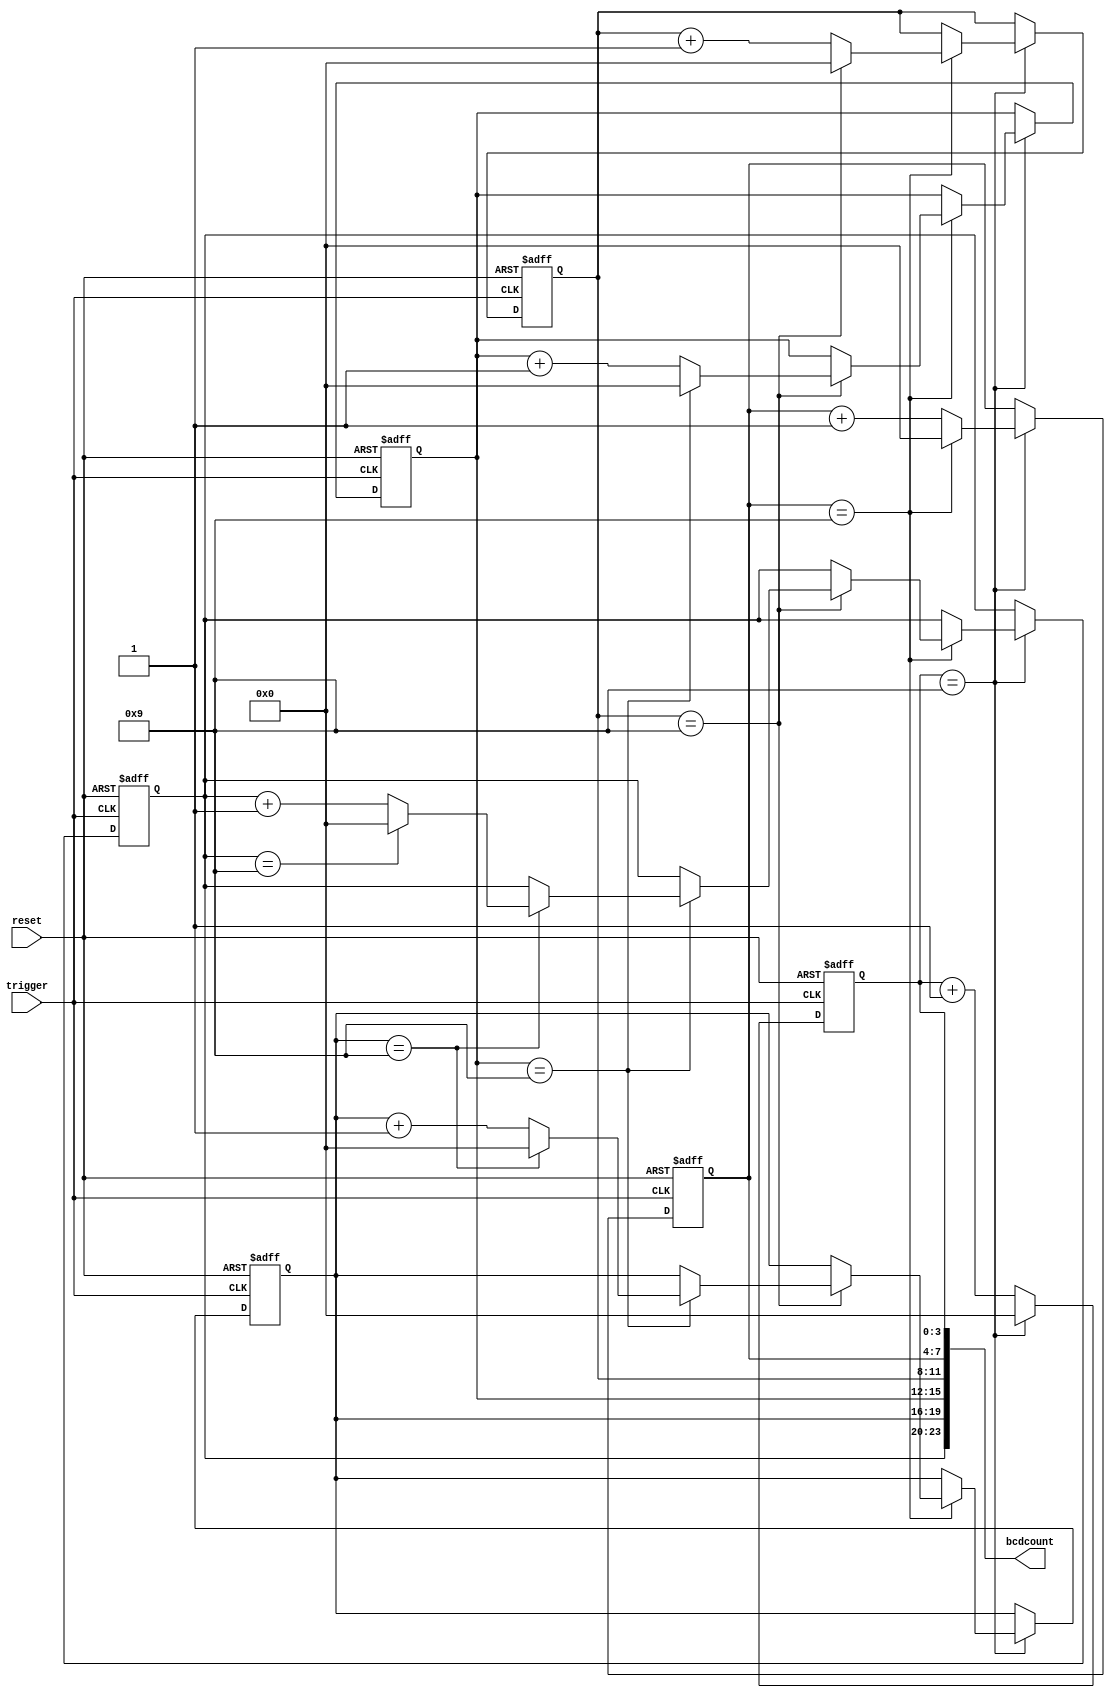
// This program was cloned from: https://github.com/chriz2600/time-sleuth
// License: MIT License


module bcdcounter(
    input trigger,
    input reset,
    output [23:0] bcdcount
);

    reg [3:0] first;
    reg [3:0] second;
    reg [3:0] third;
    reg [3:0] fourth;
    reg [3:0] fifth;
    reg [3:0] sixth;

    always @(posedge trigger or posedge reset) begin
        if (reset) begin
            first <= 0;
            second <= 0;
            third <= 0;
            fourth <= 0;
            fifth <= 0;
            sixth <= 0;
        end else if (first == 4'd9) begin // xxxxx9 reached
            first <= 0;
            if (second == 4'd9) begin // xxxx99 reached
                second <= 0;
                if (third == 4'd9) begin // xxx999 reached
                    third <= 0;
                    if (fourth == 4'd9) begin // xx9999 reached
                        fourth <= 0;
                        if (fifth == 4'd9) begin // x99999 reached
                            fifth <= 0;
                            if (sixth == 4'd9) begin // 999999 reached
                                sixth <= 0;
                            end else begin
                                sixth <= sixth + 1'b1;
                            end
                        end else begin
                            fifth <= fifth + 1'b1;
                        end
                    end else begin
                        fourth <= fourth + 1'b1;
                    end
                end else begin
                    third <= third + 1'b1;
                end
            end else begin
                second <= second + 1'b1;
            end
        end else begin
            first <= first + 1'b1;
        end
    end

    assign bcdcount = { sixth, fifth, fourth, third, second, first };
endmodule